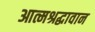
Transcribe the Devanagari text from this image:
आत्मश्रद्धावान